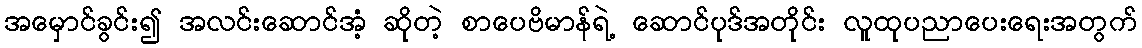
အမှောင်ခွင်း၍ အလင်းဆောင်အံ့ ဆိုတဲ့ စာပေဗိမာန်ရဲ့ ဆောင်ပုဒ်အတိုင်း လူထုပညာပေးရေးအတွက်